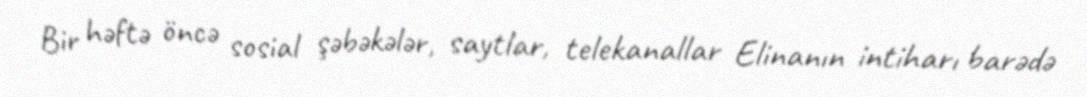
Bir həftə öncə sosial şəbəkələr, saytlar, telekanallar Elinanın intiharı barədə